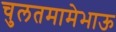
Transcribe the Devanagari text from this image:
चुलतमामेभाऊ